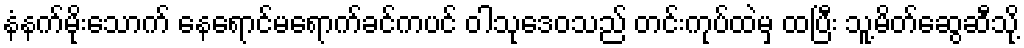
နံနက်မိုးသောက် နေရောင်မရောက်ခင်ကပင် ဝါသုဒေဝသည် တင်းကုပ်ထဲမှ ထပြီး သူ့မိတ်ဆွေဆီသို့